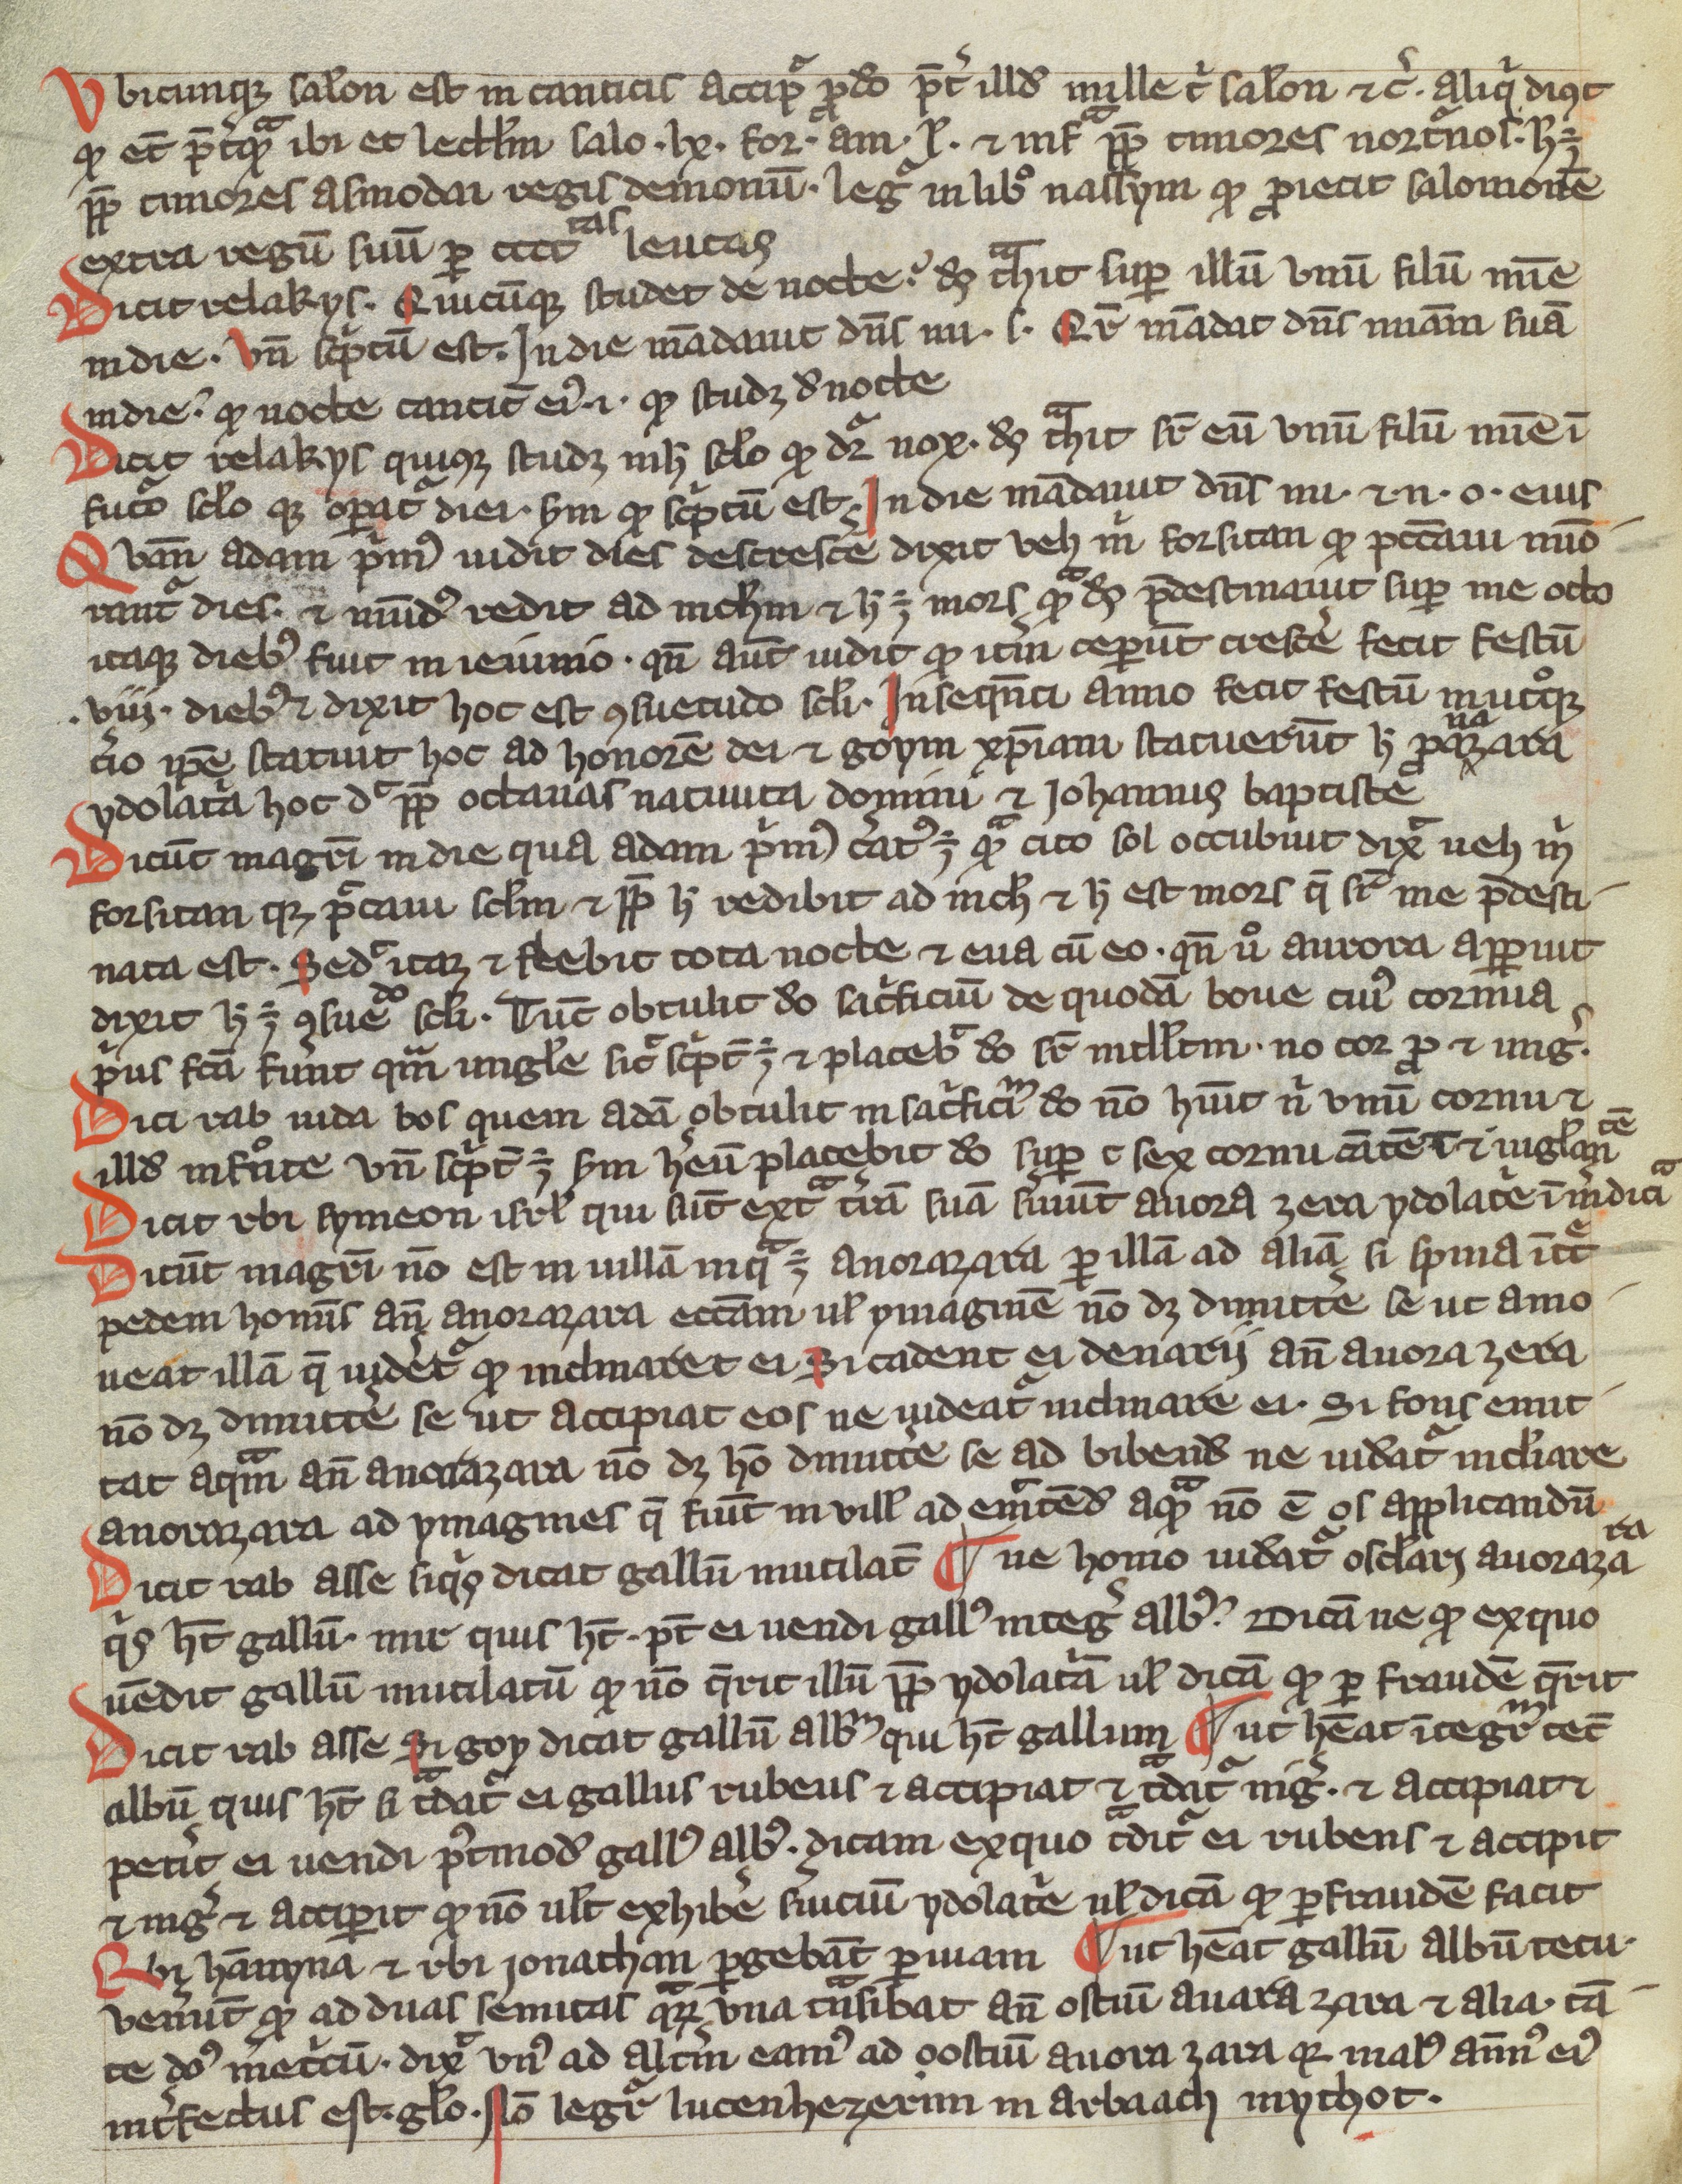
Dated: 1200–1399